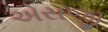
એસજી